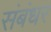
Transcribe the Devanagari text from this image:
संबंधर